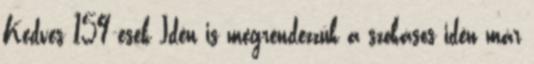
Kedves 159-esek Idén is megrendezzük a szokásos idén már